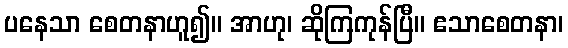
ပနေသာ စေတနာဟူ၍။ အာဟု၊ ဆိုကြကုန်ပြီ။ ဧသာစေတနာ၊